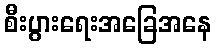
စီးပွားရေးအခြေအနေ